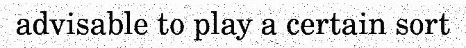
advisable to play a certain sort